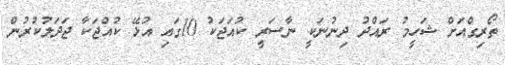
ތޯރިގްއަށް ޝަހީމު ރައްދު ދިނުނަކީ ނާސަރީ ކުއަޖަކު 10ގައި އުޅޭ ކުއްޖަކާ ޖަދަލުކުރުން